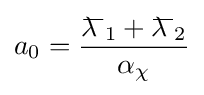
a_{0}={\frac {{\lambda \!\!\!^{{}^{\underline {\ \ }}}}_{1}+{\lambda \!\!\!^{{}^{\underline {\ \ }}}}_{2}}{\alpha _{\chi }}}